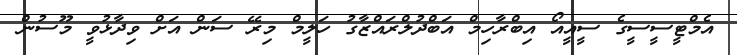
އެމްޓީސީސީގެ ސީއީއޯ އިބްރާހިމް އަބްދުލްރައްޒާގު ހަލީމް މިރޭ ސަން އަށް ވިދާޅުވީ މޫސުން